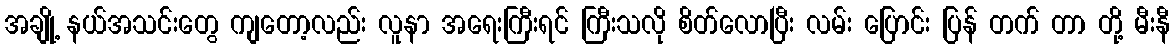
အချို့ နယ်အသင်းတွေ ကျတော့လည်း လူနာ အရေးကြီးရင် ကြီးသလို စိတ်လောပြီး လမ်း ပြောင်း ပြန် တက် တာ တို့ မီးနီ